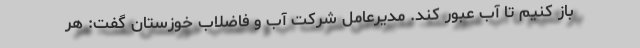
باز کنیم تا آب عبور کند. مدیرعامل شرکت آب و فاضلاب خوزستان گفت: هر